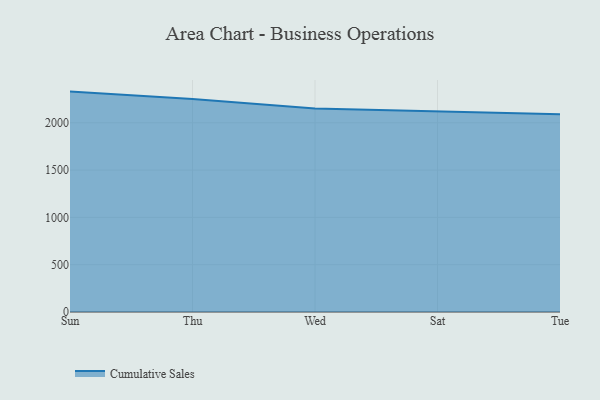
{"axis": {"x": "Day", "y": "Temperature (°C)"}, "legend": ["Cumulative Sales"], "data": [{"x": "Sun", "y": 2329.4, "type": "Cumulative Sales"}, {"x": "Thu", "y": 2252.4, "type": "Cumulative Sales"}, {"x": "Wed", "y": 2151.2, "type": "Cumulative Sales"}, {"x": "Sat", "y": 2123.2, "type": "Cumulative Sales"}, {"x": "Tue", "y": 2090.2, "type": "Cumulative Sales"}]}